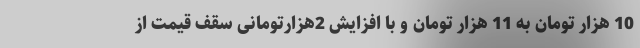
10 هزار تومان به 11 هزار تومان و با افزایش 2هزارتومانی سقف قیمت از